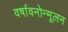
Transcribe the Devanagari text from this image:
वर्षावनोन्मूलन